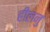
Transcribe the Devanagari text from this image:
हीलनु